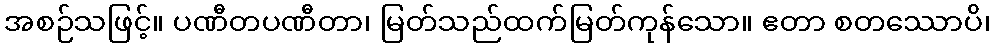
အစဉ်သဖြင့်။ ပဏီတပဏီတာ၊ မြတ်သည်ထက်မြတ်ကုန်သော။ ဧတာ စတဿောပိ၊